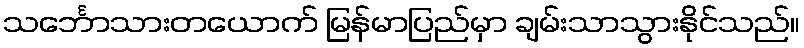
သင်္ဘောသားတယောက် မြန်မာပြည်မှာ ချမ်းသာသွားနိုင်သည်။